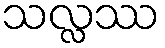
သလ္လဿ